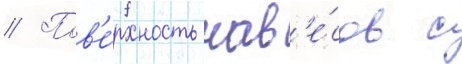
// Пов'е́рхность нав'е́сов с